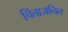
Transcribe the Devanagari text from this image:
चिंताजनित